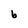
Character: b